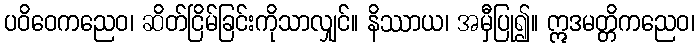
ပဝိဝေကညေဝ၊ ဆိတ်ငြိမ်ခြင်းကိုသာလျှင်။ နိဿာယ၊ အမှီပြု၍။ ဣဒမတ္တိကညေဝ၊